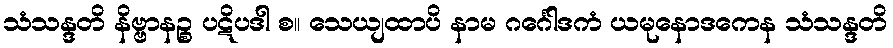
သံသန္ဒတိ နိဗ္ဗာနဉ္စ ပဋိပဒါ စ။ သေယျထာပိ နာမ ဂင်္ဂေါဒကံ ယမုနောဒကေန သံသန္ဒတိ